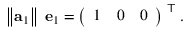
\left\| \mathbf { a } _ { 1 } \right\| \; \mathbf { e } _ { 1 } = { \left( \begin{array} { l l l } { 1 } & { 0 } & { 0 } \end{array} \right) } ^ { \textsf { T } } .